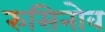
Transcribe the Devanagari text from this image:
रुसिनोव